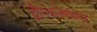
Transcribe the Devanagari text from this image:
द्वीपकल्पावरच